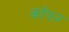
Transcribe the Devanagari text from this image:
कॉफर